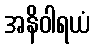
အနိဝါရယံ